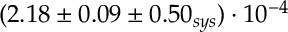
( 2 . 1 8 \pm 0 . 0 9 \pm 0 . 5 0 _ { s y s } ) \cdot 1 0 ^ { - 4 }